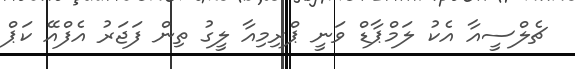
ޗެލްސީއާ އެކު ލަމްޕާޑް ވަނީ ޕްރިމިއާ ލީގު ތިން ފަޖަރު އެފްއޭ ކަޕް